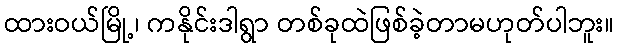
ထားဝယ်မြို့၊ ကနိုင်းဒါရွာ တစ်ခုထဲဖြစ်ခဲ့တာမဟုတ်ပါဘူး။